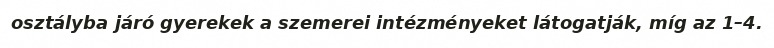
osztályba járó gyerekek a szemerei intézményeket látogatják, míg az 1–4.